Annual report of the Central Committee of the Association together with the report of the directors of the Pasteur Institute at Kasauli
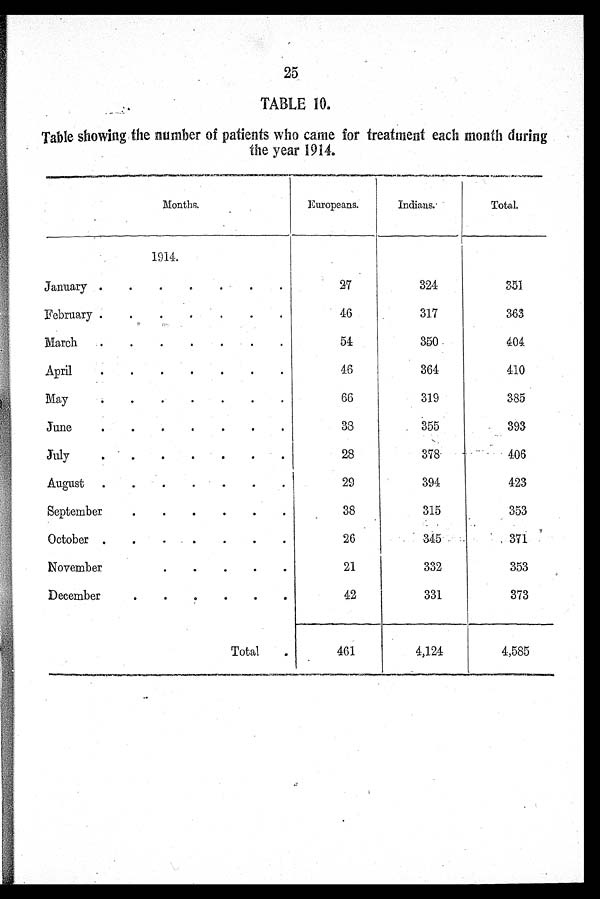
25
TABLE 10.
Table showing the number of patients who came for treatment each month during
the year 1914.
Months.
Europeans.
Indians.
Total.
1914.
January
27
324
3 5 1
February
46
317
363
March
54
350
404
April
46
364
410
May
66
319
385
June
3 8
355
393
July
28
378
406
August
29
394
423
September
38
315
353
October
26
345
371
November
21
332
353
December
42
331
373
Total
461
4,124
4,585